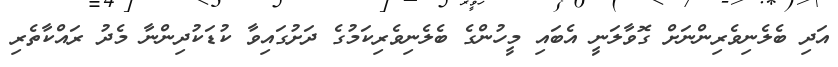
އަދި ބެލެނިވެރިންނަށް ގޮވާލަނީ އެބައި މީހުންގެ ބެލެނިވެރިކަމުގެ ދަށުގައިވާ ކުޑަކުދިންނާ މެދު ރައްކާތެރި